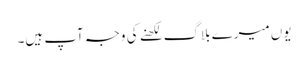
یوں میرے بلاگ لکھنے کی وجہ آپ ہیں۔